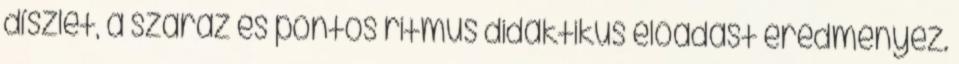
díszlet, a száraz és pontos ritmus didaktikus előadást eredményez.